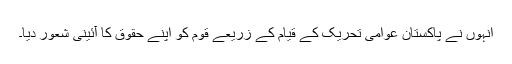
انہوں نے پاکستان عوامی تحریک کے قیام کے زریعے قوم کو اپنے حقوق کا آئینی شعور دیا۔